Vaccination in Bombay 1924-1928 - 1924-1928
Year: 1924
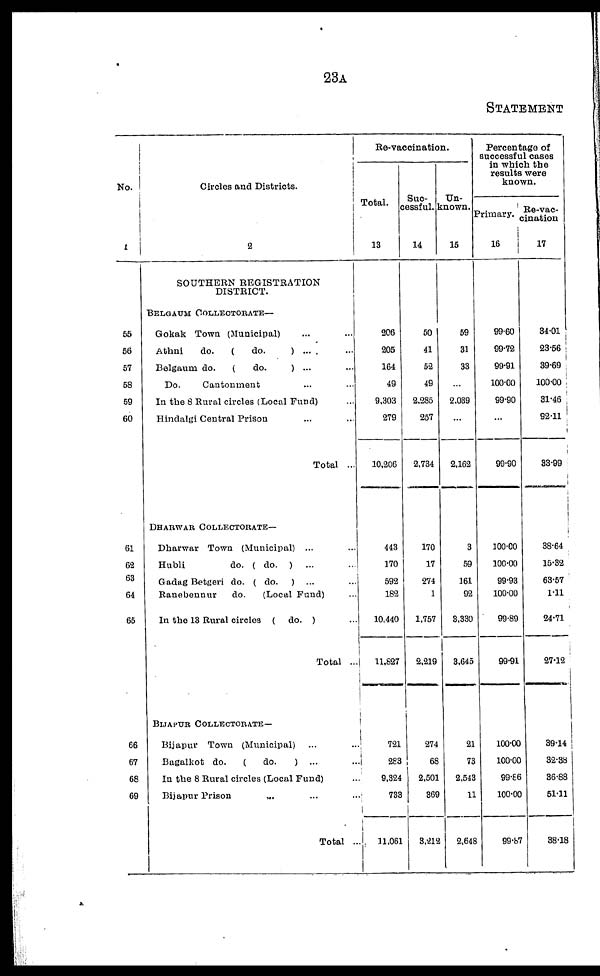
23A
STATEMENT
No.
1
55
56
57
58
59
60
61
62
63
64
65
66
67
68
69
Circles and Districts.
2
SOUTHERN REGISTRATION
DISTRICT.
BELGAUM COLLECTORATE—
Gokak Town (Municipal) ... ...
Athni
do.
(
do.
) ... ...
Belgaum do.
(
do.
) ... ...
Do.
Cantonment ... ...
In the 8 Rural circles (Local Fund) ...
Hindalgi Central Prison ... ...
Total ...
DHARWAR COLLECTORATE—
Dharwar Town (Municipal) ... ...
Hubli
do. ( do. ) ... ...
Gadag Betgeri do. ( do. ) ... ...
Ranebennur
do.
(Local Fund) ...
In the 13 Rural circles ( do. ) ...
Total ...
BIJAPUR COLLECTORATE—
Bijapur Town (Municipal) ... ...
Bagalkot do.
(
do.
) ... ...
In the 8 Rural circles (Local Fund) ...
Bijapur Prison ... ... ...
Total ...
Re-vaccination.
Total.
13
206
205
164
49
9,303
279
10,206
443
170
592
182
10,440
11,827
721
283
9,324
733
11,061
Suc-
cessful.
14
50
41
52
49
2,285
257
2,734
170
17
274
1
1,757
2,219
274
68
2,501
369
3,212
Un-
known.
15
59
31
33
...
2,039
...
2,162
3
59
161
92
8,330
3,645
21
73
2,543
11
2,648
Percentage of
successful cases
in which the
results were
known.
Primary.
16
99.60
99.72
99.91
100.00
99.90
...
99.90
100.00
100.00
99.93
100.00
99.89
99.91
100.00
100.00
99.86
100.00
99.87
Re-vac-
cination
17
34.01
23.56
39.69
100.00
31.46
92.11
33.99
38.64
15.32
63.57
1.11
24.71
27.12
39.14
32.38
36.88
51.11
38.18